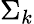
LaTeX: \Sigma_{k}